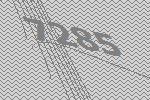
7285